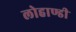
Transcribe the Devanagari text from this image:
लोहाण्डी